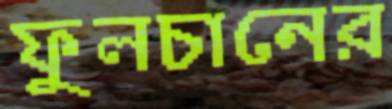
ফুলচানের